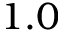
1 . 0